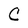
Character: C